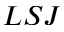
L S J